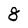
Character: 8